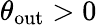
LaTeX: \theta_{\mathrm{out}}>0